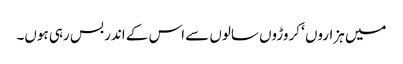
میں ہزاروں ‘ کروڑوں سالوں سے اس کے اندر بس رہی ہوں۔